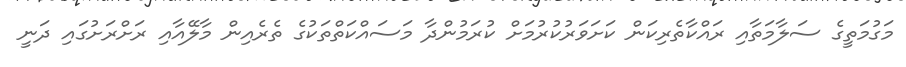
މަގުމަތީގެ ސަލާމަތާއި ރައްކާތެރިކަން ކަށަވަރުކުރުމަށް ކުރަމުންދާ މަސައްކަތްތަކުގެ ތެރެއިން މާލޭއާއި ރަށްރަށުގައި ދަނީ